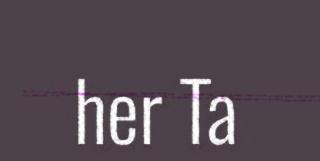
her Ta